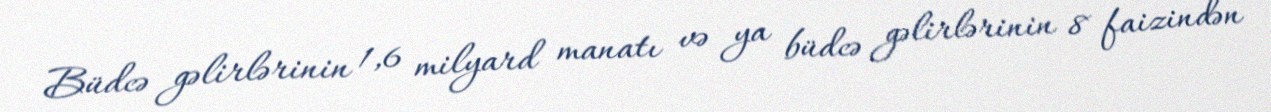
Büdcə gəlirlərinin 1,6 milyard manatı və ya büdcə gəlirlərinin 8 faizindən